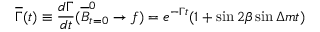
\overline { { { \Gamma } } } ( t ) \equiv \frac { d \Gamma } { d t } ( \overline { { { B } } } _ { t = 0 } ^ { 0 } \to f ) = e ^ { - \Gamma t } ( 1 + \sin 2 \beta \sin \Delta m t )